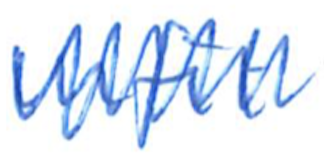
Text: unfit
Cross-out: mix
Writing tool: ballpoint